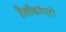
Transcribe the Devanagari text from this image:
हैलीकॉप्टरों